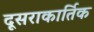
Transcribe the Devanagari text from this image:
दूसराकार्तिक